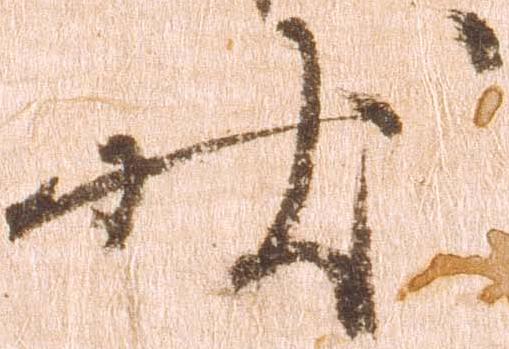
状